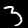
Digit: 3